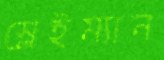
স্লেইম্যান